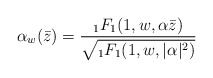
\begin{align*}\alpha_w(\bar z)= \frac { {}_1F_1 (1,w, \alpha \bar z)}{\sqrt{ {}_1F_1 (1,w, \vert \alpha \vert^2)}}\end{align*}